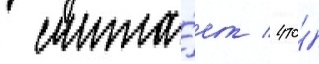
 счита́ет / что́